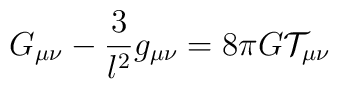
G_{\mu \nu }-\frac 3{l^2}g_{\mu \nu }=8\pi G\mathcal{T}_{\mu \nu }